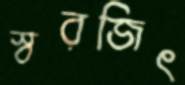
স্বরজিৎ